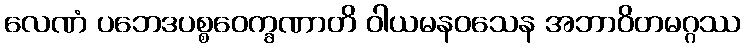
လေဏံ ပဘေဒပစ္စဝေက္ခဏာတိ ဝါယမနဝသေန အဘာဝိတမဂ္ဂဿ